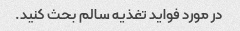
در مورد فواید تغذیه سالم بحث کنید.